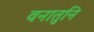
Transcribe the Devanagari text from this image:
वनातुनि